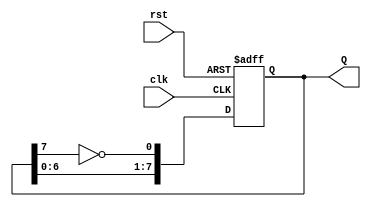
module johnson_counter (
    input wire clk,            // Clock input
    input wire rst,            // Asynchronous reset
    output reg [7:0] Q         // 8-bit counter output
);

// Sequential logic for the Johnson counter
always @(posedge clk or posedge rst) begin
    if (rst) begin
        Q <= 8'b00000000;      // Reset the counter to 00000000
    end else begin
        Q <= {Q[6:0], ~Q[7]};   // Shift left and feed back inverted last bit
    end
end

endmodule